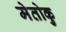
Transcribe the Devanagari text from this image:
मेतोकु